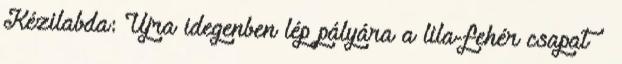
Kézilabda: Újra idegenben lép pályára a lila-fehér csapat –